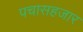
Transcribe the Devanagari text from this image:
पचासहजार